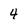
Character: 4